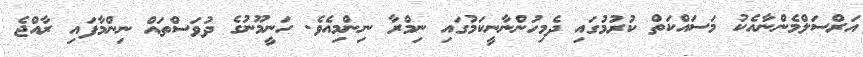
އަރްސަލްމެންނާއެކު މަސައްކަތް ކުރުމުގައި ދެމިހުންނާނީކަމުގައި ނިމްރާ ނިންމިއެވެ. ހަނީމޫނުގެ ދުވަސްތައް ނިންމާފައި ރާއްޖެ